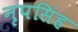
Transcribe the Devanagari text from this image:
नृपसिंह